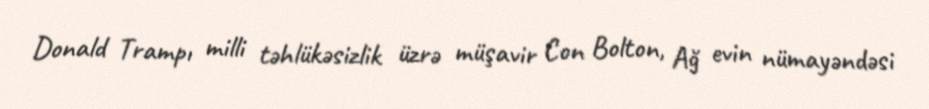
Donald Trampı milli təhlükəsizlik üzrə müşavir Con Bolton, Ağ evin nümayəndəsi